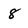
Character: 8